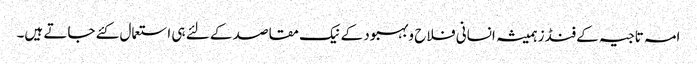
امہ تاجیہ کے فنڈز ہمیشہ انسانی فلاح وبہبود کے نیک مقاصد کے لئے ہی استعمال کئے جاتے ہیں۔